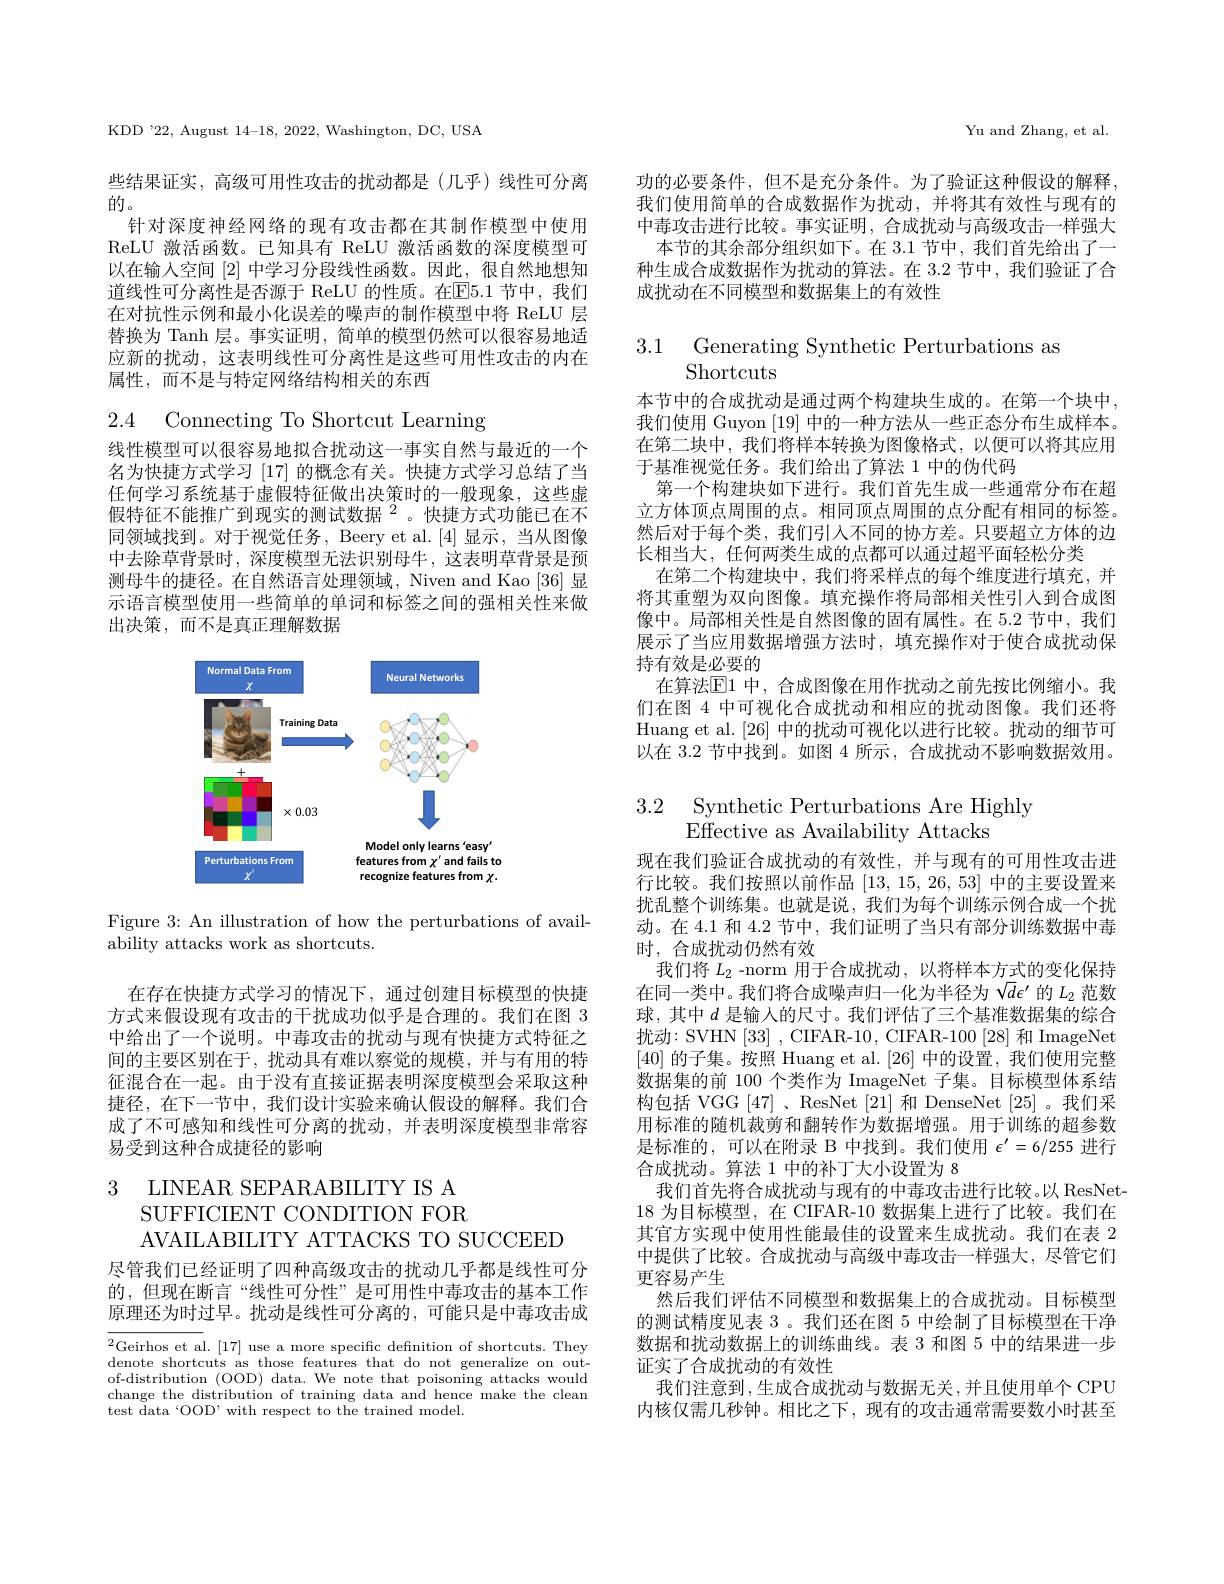
KDD'22, August 14-18, 2022, Washington, DC, USA

些结果证实，高级可用性攻击的扰动都是(几乎)线性可分离
的。
针对深度神经网络的现有攻击都在其制作模型中使用ReLU 激活函数。已知具有 ReLU 激活函数的深度模型可以在输入空间[2]中学习分段线性函数。因此，很自然地想知道线性可分离性是否源于 ReLU 的性质。在E5.1 节中，我们在对抗性示例和最小化误差的噪声的制作模型中将 ReLU 层替换为 Tanh 层。事实证明，简单的模型仍然可以很容易地适应新的扰动，这表明线性可分离性是这些可用性攻击的内在属性，而不是与特定网络结构相关的东西

2.4 Connecting To Shortcut Learning

线性模型可以很容易地拟合扰动这一事实自然与最近的一个名为快捷方式学习[17]的概念有关。快捷方式学习总结了当任何学习系统基于虚假特征做出决策时的一般现象，这些虚假特征不能推广到现实的测试数据$^{2}$。快捷方式功能已在不同领域找到。对于视觉任务，Beery et al.[4]显示，当从图像中去除草背景时，深度模型无法识别母牛，这表明草背景是预测母牛的捷径。在自然语言处理领域，Niven and Kao [36]显示语言模型使用一些简单的单词和标签之间的强相关性来做出决策，而不是真正理解数据

<FigureHere>

Figure 3: An illustration of how the perturbations of avail-
ability attacks work as shortcuts.

在存在快捷方式学习的情况下，通过创建目标模型的快捷方式来假设现有攻击的干扰成功似乎是合理的。我们在图 3中给出了一个说明。中毒攻击的扰动与现有快捷方式特征之间的主要区别在于，扰动具有难以察觉的规模，并与有用的特征混合在一起。由于没有直接证据表明深度模型会采取这种捷径，在下一节中，我们设计实验来确认假设的解释。我们合成了不可感知和线性可分离的扰动，并表明深度模型非常容易受到这种合成捷径的影响

3 LINEAR SEPARABIILITY IS A
SUFFICIENT CONDITION FOR

AVAILABILITY ATTACKS TO SUCCEED
尽管我们已经证明了四种高级攻击的扰动几乎都是线性可分的，但现在断言“线性可分性”是可用性中毒攻击的基本工作原理还为时过早。扰动是线性可分离的，可能只是中毒攻击成

${{^2}\mathrm{Geirhos~et~al.~[17]~use~a~more~specific~definition~of~shortcuts.~They}}$ ${{\mathrm{donoto~chortonte~no~thoo~footuroa~tho~do~not~onot~onoroliro~on~on~out}}}$ denote shortcuts as those features that do not generalize on outof-distribution (OOD) data. We note that poisoning attacks would change the distribution of training data and hence make the clean test data‘OOD’ with respect to the trained model.

Yu and Zhang, et al.

功的必要条件，但不是充分条件。为了验证这种假设的解释我们使用简单的合成数据作为扰动，并将其有效性与现有的中毒攻击进行比较。事实证明，合成扰动与高级攻击一样强大
本节的其余部分组织如下。在 3.1 节中，我们首先给出了一种生成合成数据作为扰动的算法。在 3.2 节中，我们验证了合成扰动在不同模型和数据集上的有效性

3.1 Generating Synthetic Perturbations as
Shortcuts

本节中的合成扰动是通过两个构建块生成的。在第一个块中， 我们使用 Guyon [19]中的一种方法从一些正态分布生成样本。在第二块中，我们将样本转换为图像格式，以便可以将其应用于基准视觉任务。我们给出了算法 1 中的伪代码
第一个构建块如下进行。我们首先生成一些通常分布在超立方体顶点周围的点。相同顶点周围的点分配有相同的标签。然后对于每个类，我们引入不同的协方差。只要超立方体的边长相当大，任何两类生成的点都可以通过超平面轻松分类
在第二个构建块中，我们将采样点的每个维度进行填充，并将其重塑为双向图像。填充操作将局部相关性引入到合成图像中。局部相关性是自然图像的固有属性。在 5.2 节中，我们展示了当应用数据增强方法时，填充操作对于使合成扰动保持有效是必要的
在算法$\overline{\mathbb{E}}$1 中，合成图像在用作扰动之前先按比例缩小。我们在图 4 中可视化合成扰动和相应的扰动图像。我们还将Huang et al. [26] 中的扰动可视化以进行比较。扰动的细节可以在 3.2 节中找到。如图 4 所示 , 合成扰动不影响数据效用。

# 3.2 Synthetic Perturbations Are Highly Effective as Availability Attacks

现在我们验证合成扰动的有效性，并与现有的可用性攻击进行比较。我们按照以前作品[13,15,26,53]中的主要设置来扰乱整个训练集。也就是说，我们为每个训练示例合成一个扰动。在 4.1 和 4.2 节中，我们证明了当只有部分训练数据中毒时，合成扰动仍然有效
我们将$L_2$ -norm 用于合成扰动，以将样本方式的变化保持在同一类中。我们将合成噪声归一化为半径为$\sqrt d\epsilon^{\prime}$的$L_2$范数球，其中$d$是输人的尺寸。我们评估了三个基准数据集的综合扰动：SVHN [33] , CIFAR-10 , CIFAR-100 [28] 和 ImageNet [40]的子集。按照 Huang et al.[26]中的设置，我们使用完整数据集的前 100 个类作为 ImageNet 子集。目标模型体系结构包括 VGG [47] 、ResNet [21]和 DenseNet [25] 。我们采用标准的随机裁剪和翻转作为数据增强。用于训练的超参数是标准的，可以在附录 B 中找到。我们使用$\epsilon^\prime=6/255$进行合成扰动。算法 1 中的补丁大小设置为 8
我们首先将合成扰动与现有的中毒攻击进行比较。以 ResNet- 18 为目标模型，在 CIFAR-10 数据集上进行了比较。我们在其官方实现中使用性能最佳的设置来生成扰动。我们在表 2中提供了比较。合成扰动与高级中毒攻击一样强大，尽管它们更容易产生
然后我们评估不同模型和数据集上的合成扰动。目标模型的测试精度见表 3 。我们还在图 5 中绘制了目标模型在干净数据和扰动数据上的训练曲线。表 3 和图 5 中的结果进一步证实了合成扰动的有效性
我们注意到，生成合成扰动与数据无关，并且使用单个 CPU 内核仅需几秒钟。相比之下，现有的攻击通常需要数小时甚至